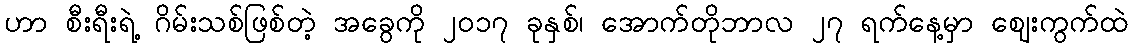
ဟာ စီးရီးရဲ့ ဂိမ်းသစ်ဖြစ်တဲ့ အခွေကို ၂၀၁၇ ခုနှစ်၊ အောက်တိုဘာလ ၂၇ ရက်နေ့မှာ ဈေးကွက်ထဲ